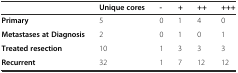
<table><thead><tr><td></td><td><b>Unique cores</b></td><td><b>-</b></td><td><b>+</b></td><td><b>++</b></td><td><b>+++</b></td></tr></thead><tbody><tr><td><b>Primary</b></td><td>5</td><td>0</td><td>1</td><td>4</td><td>0</td></tr><tr><td><b>Metastases at Diagnosis</b></td><td>2</td><td>0</td><td>1</td><td>0</td><td>1</td></tr><tr><td><b>Treated resection</b></td><td>10</td><td>1</td><td>3</td><td>3</td><td>3</td></tr><tr><td><b>Recurrent</b></td><td>32</td><td>1</td><td>7</td><td>12</td><td>12</td></tr></tbody></table>